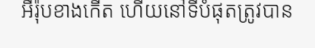
អឺរ៉ុបខាងកើត ហើយនៅទីបំផុតត្រូវបាន